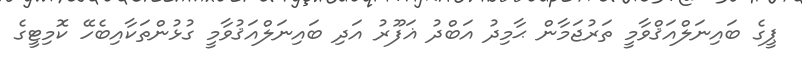
ޕީގެ ބައިނަލްއަޤްވާމީ ތަރުޖަމާން ޙާމިދު އަބްދު ޣަފޫރު އަދި ބައިނަލްއަޤުވާމީ ގުޅުންތަކާއިބެހޭ ކޮމިޓީގެ